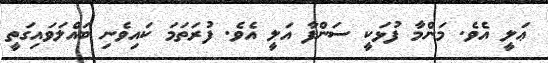
ޢަލީ އެވެ. މަންމާ ފުޅަކީ ސަންފާ އަލީ އެވެ. ފުރަތަމަ ކައިވެނި ބައްލަވައިގަތީ